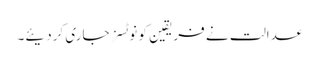
عدالت نے فریقین کو نوٹسز جاری کردیئے۔